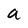
Character: a